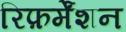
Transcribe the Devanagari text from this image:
रिफ़र्मेंशन